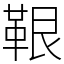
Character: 鞎